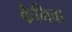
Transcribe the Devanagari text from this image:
कैगिवा